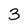
Character: 3